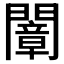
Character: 𨶤